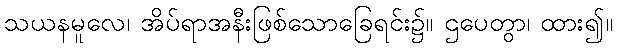
သယနမူလေ၊ အိပ်ရာအနီးဖြစ်သောခြေရင်း၌။ ဌပေတွာ၊ ထား၍။